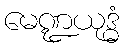
မေဏ္ဍယုဒ္ဓံ